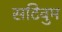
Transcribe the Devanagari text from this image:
सटिवुम